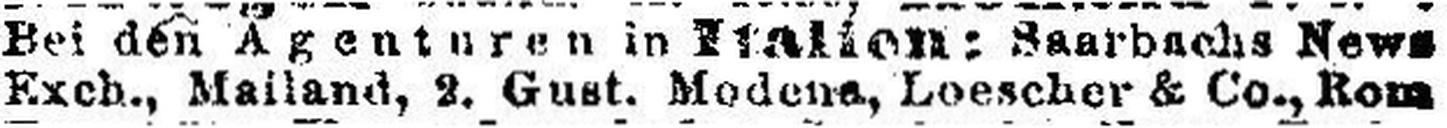
Exch., Mailand, 2. Gust. Modena, Loescher & Co., Rom